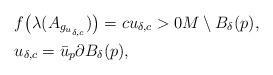
LaTeX: \begin{align*}&f\big(\lambda(A_{g_{u_{\delta,c}}})\big) = c u_{\delta,c} > 0 M \setminus B_\delta(p),\\&u_{\delta,c} = \bar u_p \partial B_\delta(p),\end{align*}